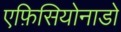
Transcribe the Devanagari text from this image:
एफ़िसियोनाडो